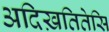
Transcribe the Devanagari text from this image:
अदिख़तितेसि